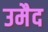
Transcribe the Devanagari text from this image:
उमैद